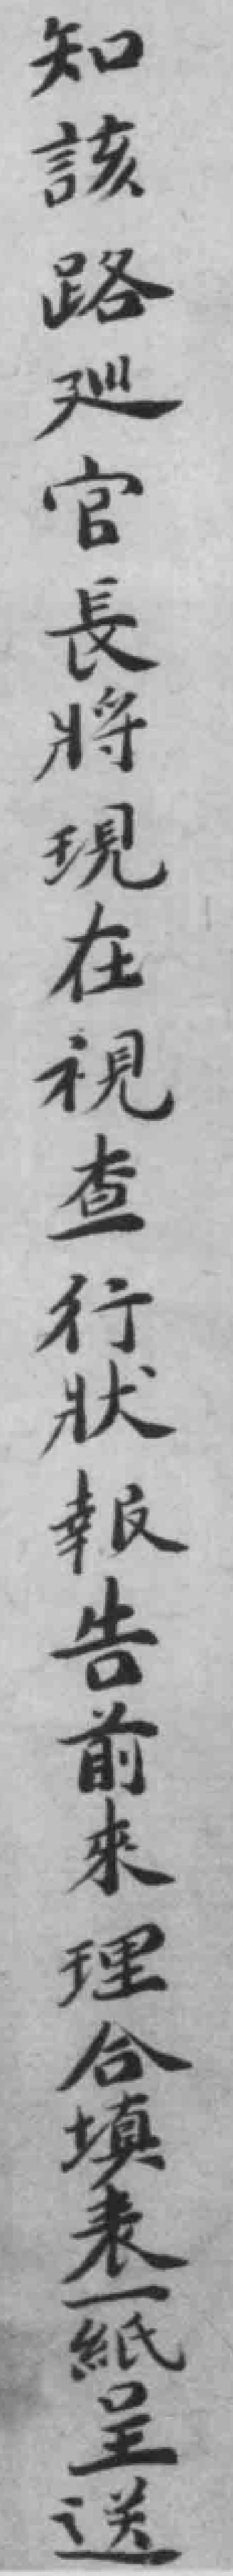
知該路巡官長將現在視查行狀報告前來理合填表一紙呈送